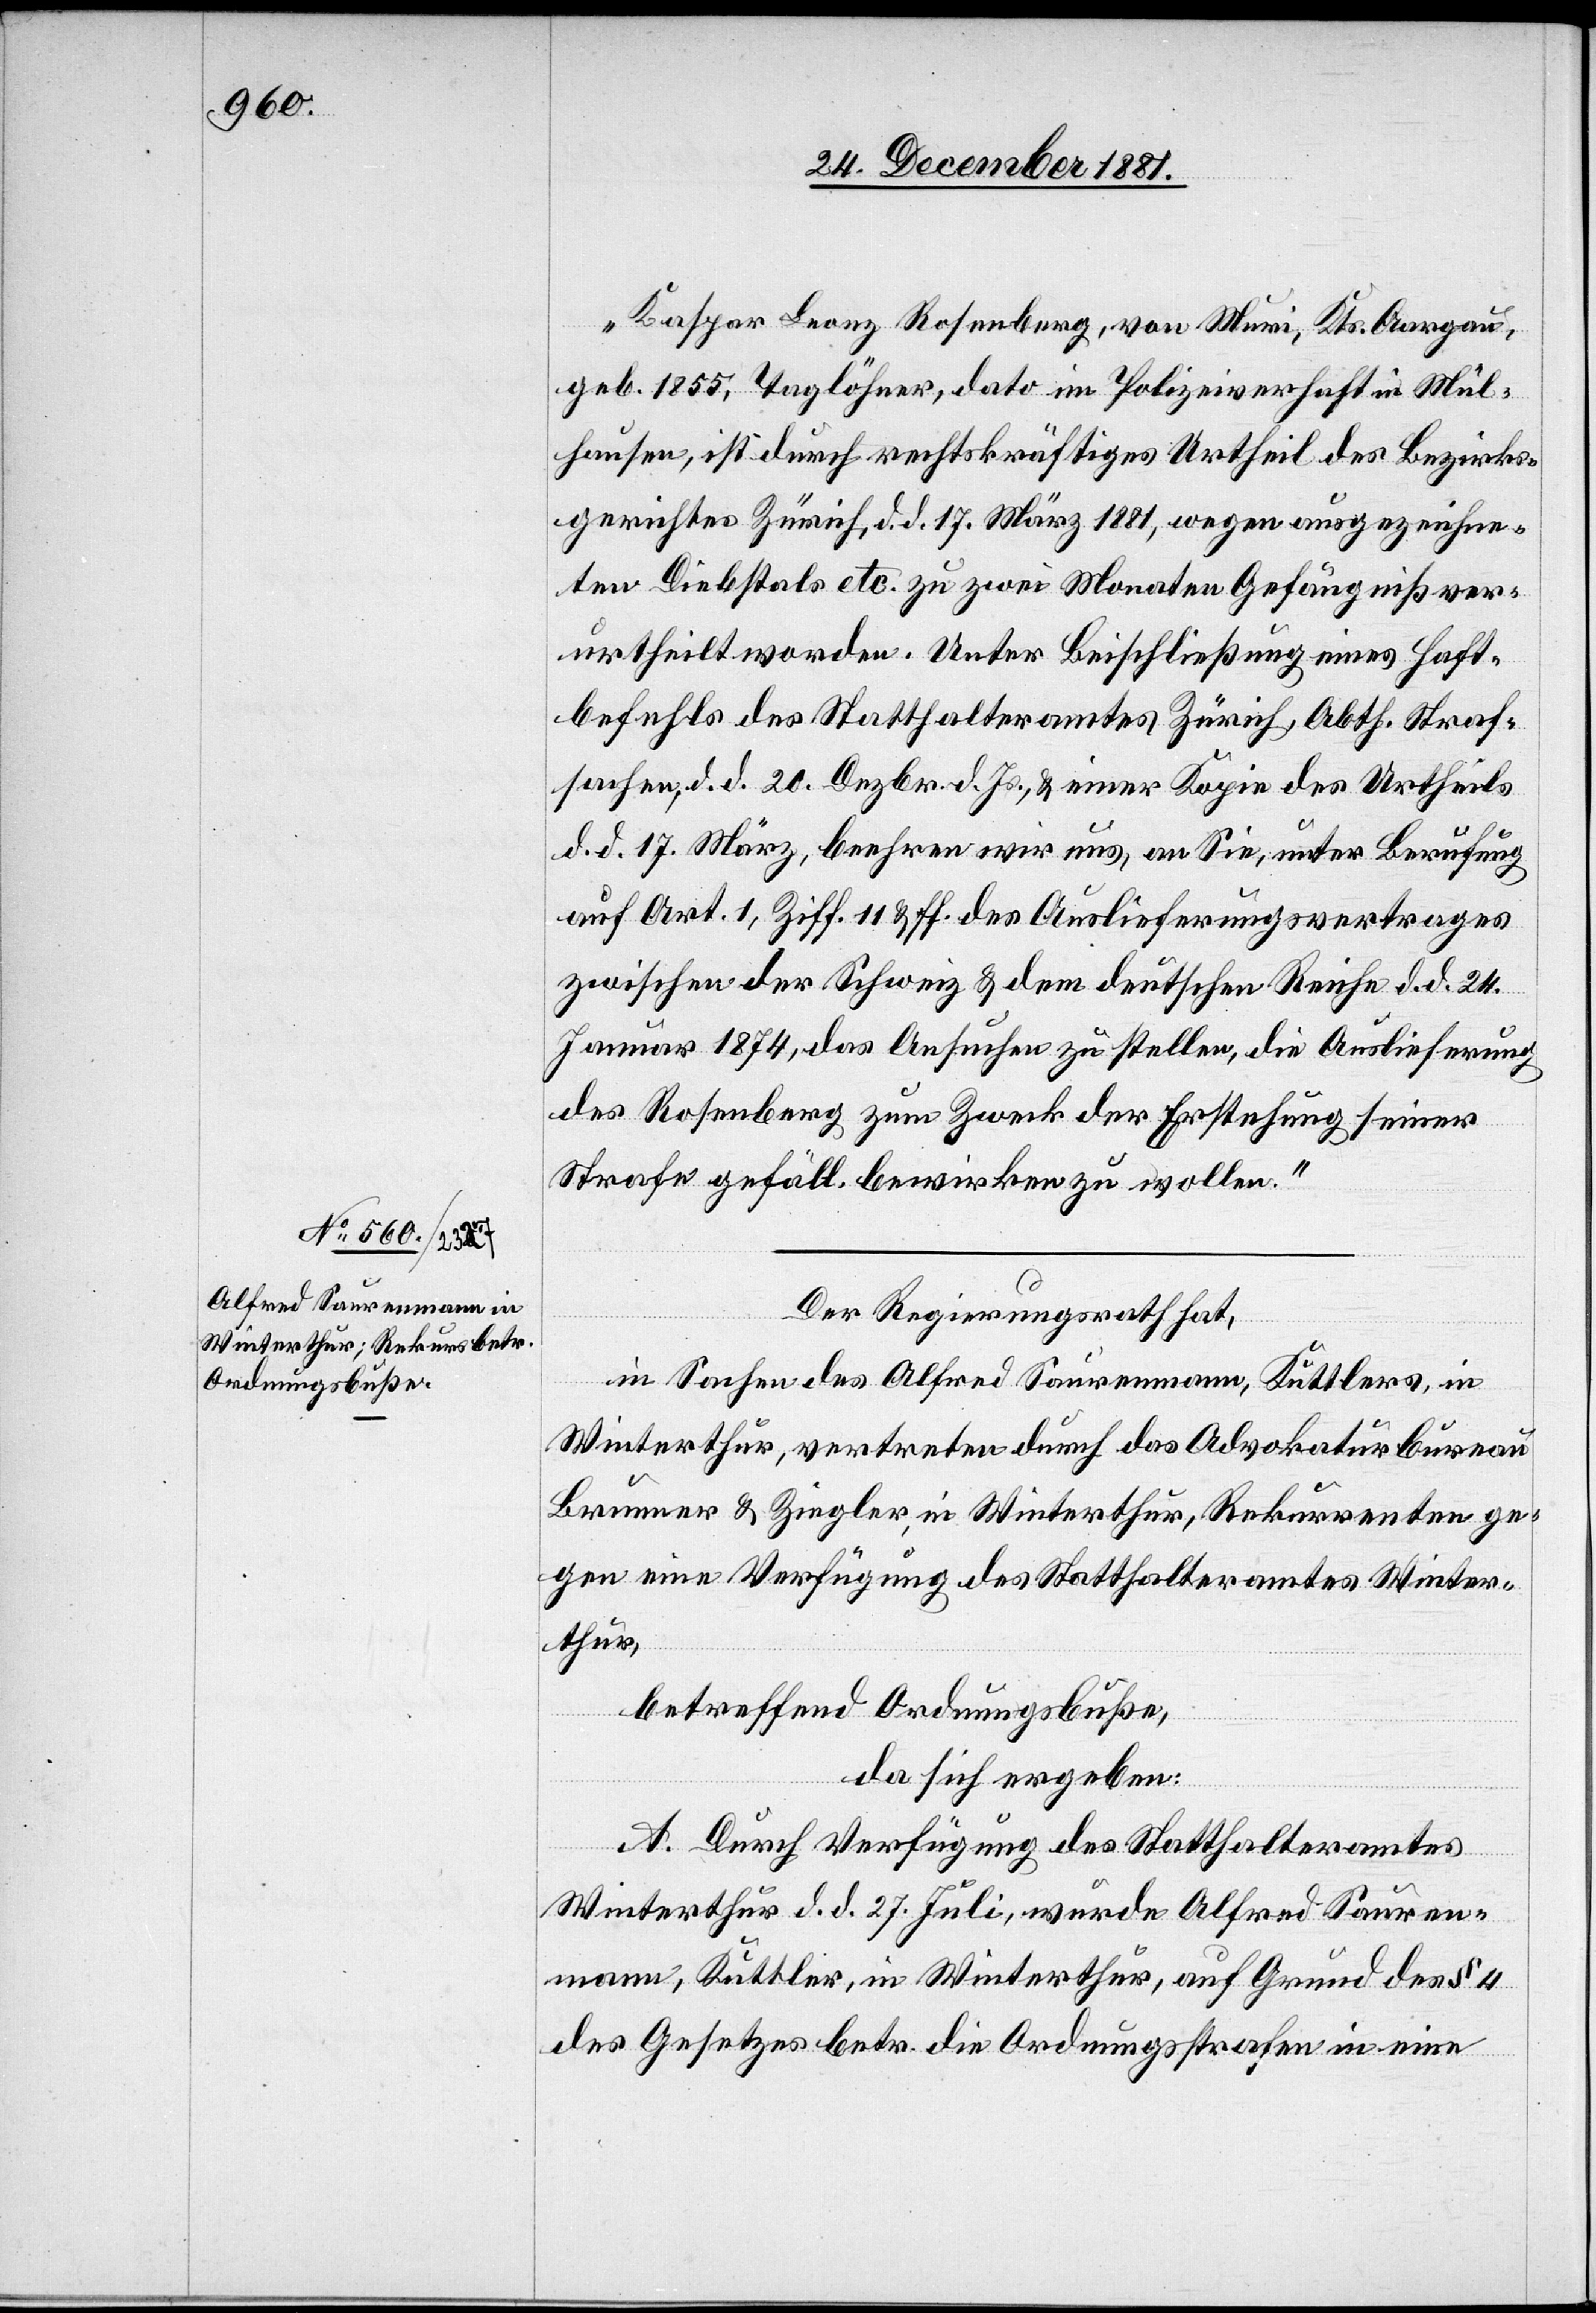
„Kaspar Leonz Rosenberg, von Muri, Kts. Aargau,
geb. 1855, Taglöhner, dato im Polizeiverhaft in Mül¬
hausen, ist durch rechtskräftiges Urtheil des Bezirks¬
gerichtes Zürich, d. d. 17. März 1881, wegen ausgezeichne¬
ten Diebstals etc. zu zwei Monaten Gefängniß ver¬
urtheilt worden. Unter Beischließung eines Haft¬
befehls des Statthalteramtes Zürich, Abth. Straf¬
sachen, d. d. 20. Dezbr. d. Js., & einer Kopie des Urtheils
d. d. 17. März, beehren wir uns, an Sie, unter Berufung
auf Art. 1, Ziff. 11 & ff. des Auslieferungsvertrages
zwischen der Schweiz & dem deutschen Reiche d. d. 24.
Januar 1874, das Ansuchen zu stellen, die Auslieferung
des Rosenberg zum Zweck der Erstehung seiner
Strafe gefäll. bewirken zu wollen.“
Der Regierungsrath hat,
in Sachen des Alfred Saurenmann, Kuttlers, in
Winterthur, vertreten durch das Advokaturbureau
Brunner & Ziegler in Winterthur, Rekurrenten ge¬
gen eine Verfügung des Statthalteramtes Winter¬
thur,
betreffend Ordnungsbuße,
da sich ergeben:
A. Durch Verfügung des Statthalteramtes
Winterthur d. d. 27. Juli, wurde Alfred Sauren¬
mann, Kuttler, in Winterthur, auf Grund des § 4
des Gesetzes betr. die Ordnungsstrafen in eine